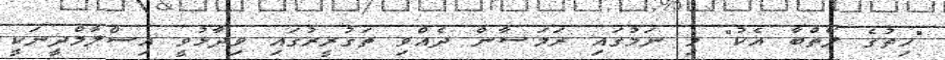
"ހިތުގެ ލޯތްބާ އެކު" މި ނަމުގައި ރަމަޟާން ދެއްވި ތަގުރީރުގައި ވިދާޅުވީ އިސްލާމްދީނަކީ